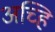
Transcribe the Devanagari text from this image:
अच्हि